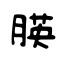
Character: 朠